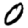
Digit: 0